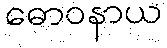
ဓောဝနာယ